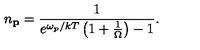
n _ { \bf p } = { \frac { 1 } { e ^ { \omega _ { p } / k T } \left( 1 + { \frac { 1 } { \Omega } } \right) - 1 } } .